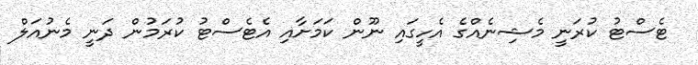
ޓެސްޓު ކުރަނީ މެޝިނެއްގެ އެހީގައި ނޫން ކަމަށާއި އެޓެސްޓު ކުރަމުން ދަނީ މެނުއަލް